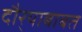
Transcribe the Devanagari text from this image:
दौर्‍याबाबत